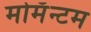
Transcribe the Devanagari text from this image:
मोमॅन्टम